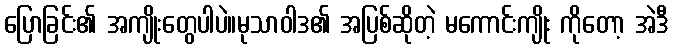
ပြောခြင်း၏ အကျိုးတွေပါပဲ။မုသာဝါဒ၏ အပြစ်ဆိုတဲ့ မကောင်းကျိုး ကိုတော့ အဲဒီ